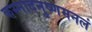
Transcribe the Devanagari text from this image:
कस्मादनुष्णमनलं